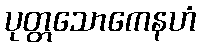
ပုတ္တသောကေနဟံ